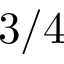
3 / 4